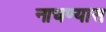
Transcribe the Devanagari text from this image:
नाचण्यास